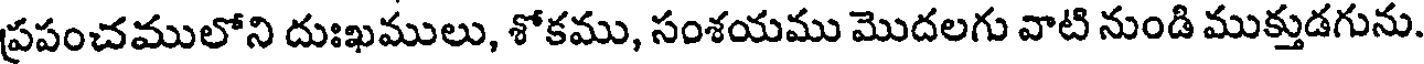
ప్రపంచములోని దుఃఖములు, శోకము, సంశయము మొదలగు వాటి నుండి ముక్తుడగును